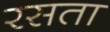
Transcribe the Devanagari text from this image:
रसता